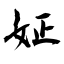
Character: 姃